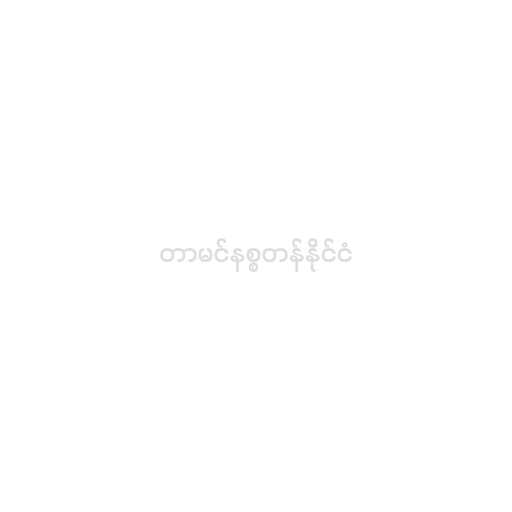
တာမင်နစ္စတန်နိုင်ငံ